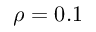
\rho = 0 . 1